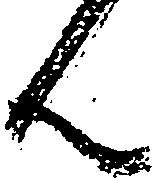
ん